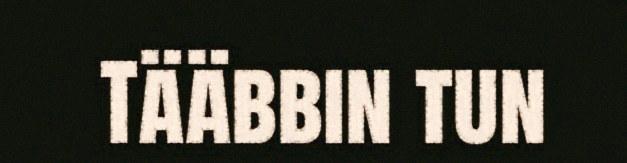
Tääbbin tun